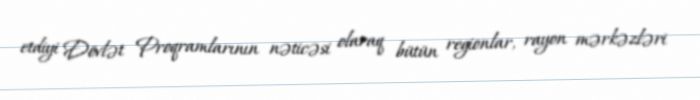
etdiyi Dövlət Proqramlarının nəticəsi olaraq bütün regionlar, rayon mərkəzləri